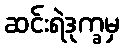
ဆင်းရဲဒုက္ခမှ